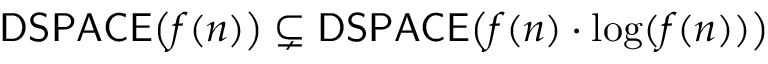
{ \mathsf { D S P A C E } } { \big ( } f ( n ) { \big ) } \subsetneq { \mathsf { D S P A C E } } { \big ( } f ( n ) \cdot \log ( f ( n ) ) { \big ) }